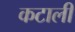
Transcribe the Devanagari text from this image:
कटाली